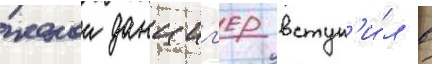
женои данциг'ер вступ'и́л в